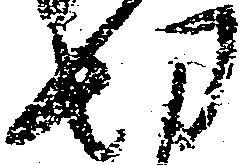
切